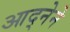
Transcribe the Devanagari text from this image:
आद्नेने